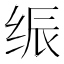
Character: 𰬙